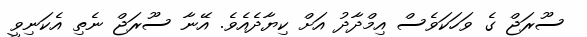
ސޫރަޖް ގެ ވަހަކަވެސް އިމްދާދު އަށް ކިޔާދެއެވެ. އޭނާ ސޫރަޖް ނެތި އެކަނިވީ